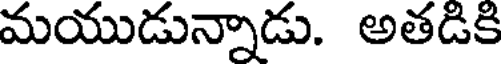
మయుడున్నాడు. అతడికి